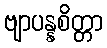
ဗျာပန္နစိတ္တာ